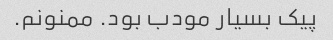
پیک بسیار مودب بود. ممنونم.